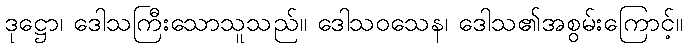
ဒုဋ္ဌော၊ ဒေါသကြီးသောသူသည်။ ဒေါသဝသေန၊ ဒေါသ၏အစွမ်းကြောင့်။